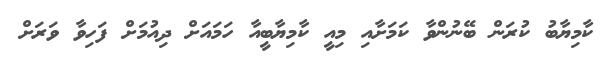
ކާމިޔާބު ކުރަން ބޭނުންވާ ކަމަށާއި މިއީ ކާމިޔާބީއާ ހަމައަށް ދިއުމަށް ފަހިވާ ވަރަށް